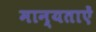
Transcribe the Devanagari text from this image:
मान्यताऐं